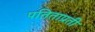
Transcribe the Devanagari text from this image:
पतिताप्रती